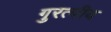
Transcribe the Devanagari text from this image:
गुरत्वीय